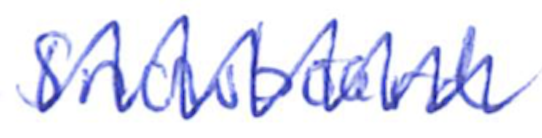
Text: Snowboard
Cross-out: zig-zag
Writing tool: ballpoint